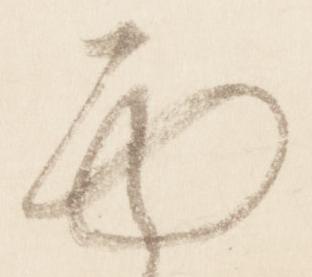
面